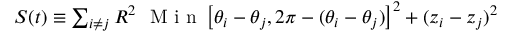
\begin{array} { r } { S ( t ) \equiv \sum _ { i \neq j } R ^ { 2 } ~ \mathrm { ~ M ~ i ~ n ~ } \left[ \theta _ { i } - \theta _ { j } , 2 \pi - ( \theta _ { i } - \theta _ { j } ) \right] ^ { 2 } + ( z _ { i } - z _ { j } ) ^ { 2 } } \end{array}